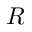
R